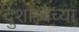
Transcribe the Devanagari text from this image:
दुशान्बेच्या